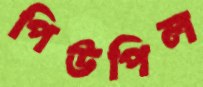
পিউপিল